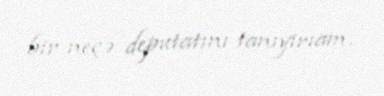
bir neçə deputatını tanıyırıam.